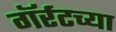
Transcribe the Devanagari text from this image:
गॅर्रटच्या